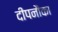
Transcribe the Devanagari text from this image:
दीपनौका